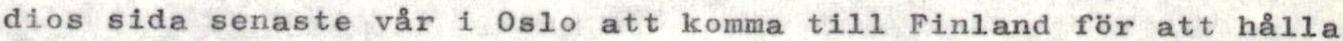
dios sida senaste vår i Oslo att komma till Finland för att hålla